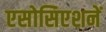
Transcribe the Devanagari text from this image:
एसोसिएशनें